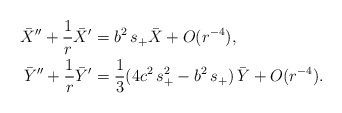
\begin{align*}\bar X'' + \frac{1}{r} \bar X' &= b^2\,s_+ \bar X + O(r^{-4}),\\\bar Y'' + \frac{1}{r} \bar Y'&= \frac{1}{3}(4c^2\,s_+^2 - b^2\,s_+)\,\bar Y + O(r^{-4}).\end{align*}